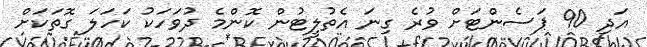
އަދި 90 ޕަސެންޓަށް ވުރެ ގިނަ އެތުލީޓުން ކޮންމެ ދުވަހަކު ކަހަލަ ގޮތަކަށް